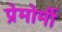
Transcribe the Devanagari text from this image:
प्रेमोर्मी